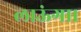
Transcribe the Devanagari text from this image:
लाऊंगा।